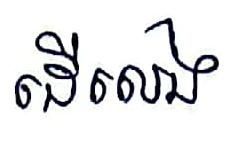
ដើលេង